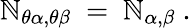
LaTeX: \mathbb{N}_{\theta\alpha,\theta\beta}~=~\mathbb{N}_{\alpha,\beta}~.